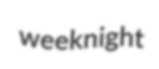
weeknight